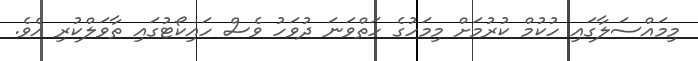
މިމައްސަލާގައި ހުކުމް ކުރުމަށް މިމަހުގެ ހަތްވަނަ ދުވަހު ވެސް ހައިކޯޓުގައި ތާވަލްކުރި އެވެ.